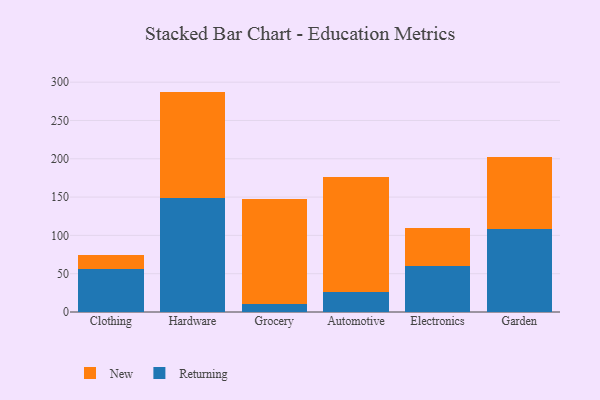
{"axis": {"x": "Category", "y": "Operating Costs (USD K)"}, "legend": ["New", "Returning"], "data": [{"x": "Clothing", "y": 56.1, "type": "Returning"}, {"x": "Clothing", "y": 18.6, "type": "New"}, {"x": "Hardware", "y": 148.9, "type": "Returning"}, {"x": "Hardware", "y": 138.8, "type": "New"}, {"x": "Grocery", "y": 9.9, "type": "Returning"}, {"x": "Grocery", "y": 137.6, "type": "New"}, {"x": "Automotive", "y": 26.5, "type": "Returning"}, {"x": "Automotive", "y": 149.5, "type": "New"}, {"x": "Electronics", "y": 59.8, "type": "Returning"}, {"x": "Electronics", "y": 49.5, "type": "New"}, {"x": "Garden", "y": 108.1, "type": "Returning"}, {"x": "Garden", "y": 93.7, "type": "New"}]}